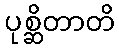
ပုစ္ဆိတာတိ